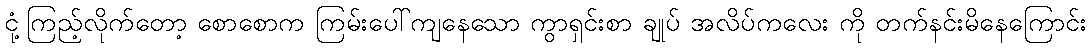
ငုံ့ကြည့်လိုက်တော့ စောစောက ကြမ်းပေါ်ကျနေသော ကွာရှင်းစာ ချုပ် အလိပ်ကလေး ကို တက်နင်းမိနေကြောင်း